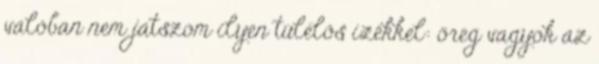
valóban nem játszom ilyen túlélős izékkel: öreg vagyok az